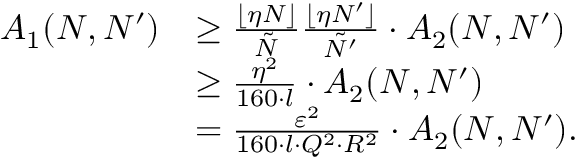
\begin{array} { r l } { A _ { 1 } ( N , N ^ { \prime } ) } & { \geq \frac { \lfloor \eta N \rfloor } { \tilde { N } } \frac { \lfloor \eta N ^ { \prime } \rfloor } { \tilde { N ^ { \prime } } } \cdot A _ { 2 } ( N , N ^ { \prime } ) } \\ & { \geq \frac { \eta ^ { 2 } } { 1 6 0 \cdot l } \cdot A _ { 2 } ( N , N ^ { \prime } ) } \\ & { = \frac { \varepsilon ^ { 2 } } { 1 6 0 \cdot l \cdot Q ^ { 2 } \cdot R ^ { 2 } } \cdot A _ { 2 } ( N , N ^ { \prime } ) . } \end{array}